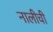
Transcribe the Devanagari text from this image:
नालीची